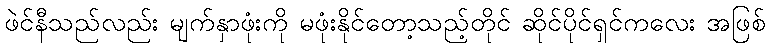
ဖဲင်နီသည်လည်း မျက်နှာဖုံးကို မဖုံးနိုင်တော့သည့်တိုင် ဆိုင်ပိုင်ရှင်ကလေး အဖြစ်